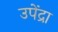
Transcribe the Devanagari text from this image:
उपेंद्रा